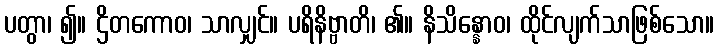
ပတွာ၊ ၍။ ဌိတကောဝ၊ သာလျှင်။ ပရိနိဗ္ဗာတိ၊ ၏။ နိသိန္နောဝ၊ ထိုင်လျက်သာဖြစ်သော။